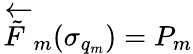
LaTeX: \overleftarrow{\tilde{F}}_{m}(\sigma_{q_{m}})=P_{m}